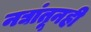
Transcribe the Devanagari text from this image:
नद्यांतूनही